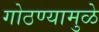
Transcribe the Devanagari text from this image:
गोठण्यामुळे